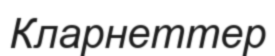
Кларнеттер